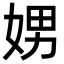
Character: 娚